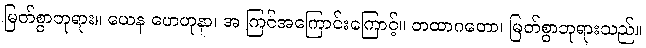
မြတ်စွာဘုရား။ ယေန ဟေတုနာ၊ အ ကြင်အကြောင်းကြောင့်။ တထာဂတော၊ မြတ်စွာဘုရားသည်။